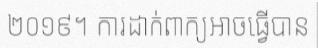
២០១៩។ ការដាក់ពាក្យអាចធ្វើបាន